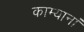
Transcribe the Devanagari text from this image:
काम्यानां